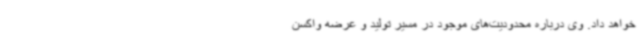
خواهد داد. وی درباره محدودیت‌های موجود در مسیر تولید و عرضه واکسن